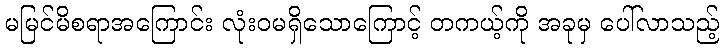
မမြင်မိစရာအကြောင်း လုံးဝမရှိသောကြောင့် တကယ့်ကို အခုမှ ပေါ်လာသည့်